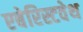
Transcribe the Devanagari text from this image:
एबेरिस्टवेथ